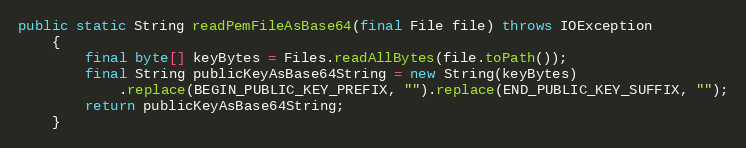
Language: Java
public static String readPemFileAsBase64(final File file) throws IOException
	{
		final byte[] keyBytes = Files.readAllBytes(file.toPath());
		final String publicKeyAsBase64String = new String(keyBytes)
			.replace(BEGIN_PUBLIC_KEY_PREFIX, "").replace(END_PUBLIC_KEY_SUFFIX, "");
		return publicKeyAsBase64String;
	}